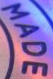
MADE